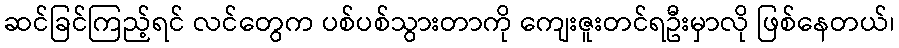
ဆင်ခြင်ကြည့်ရင် လင်တွေက ပစ်ပစ်သွားတာကို ကျေးဇူးတင်ရဦးမှာလို ဖြစ်နေတယ်၊